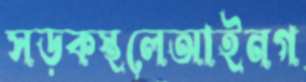
সড়কস্থলেআইনগ